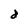
Character: d